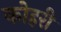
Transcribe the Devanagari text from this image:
कोहरी